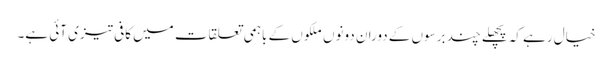
خیال رہے کہ پچھلے چند برسوں کے دوران دونوں ملکوں کے باہمی تعلقات میں کافی تیزی آئی ہے۔